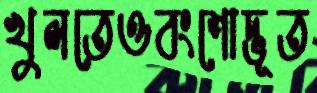
খুলতেওবংশোদ্ভূত